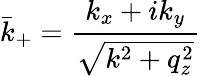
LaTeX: \bar{k}_{+}=\frac{k_{x}+ik_{y}}{\sqrt{k^{2}+q_{z}^{2}}}